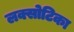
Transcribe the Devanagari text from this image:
लक्सोटिका